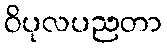
ဝိပုလပညတာ